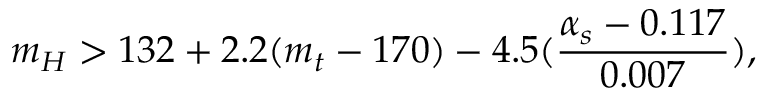
m _ { H } > 1 3 2 + 2 . 2 ( m _ { t } - 1 7 0 ) - 4 . 5 ( \frac { \alpha _ { s } - 0 . 1 1 7 } { 0 . 0 0 7 } ) ,